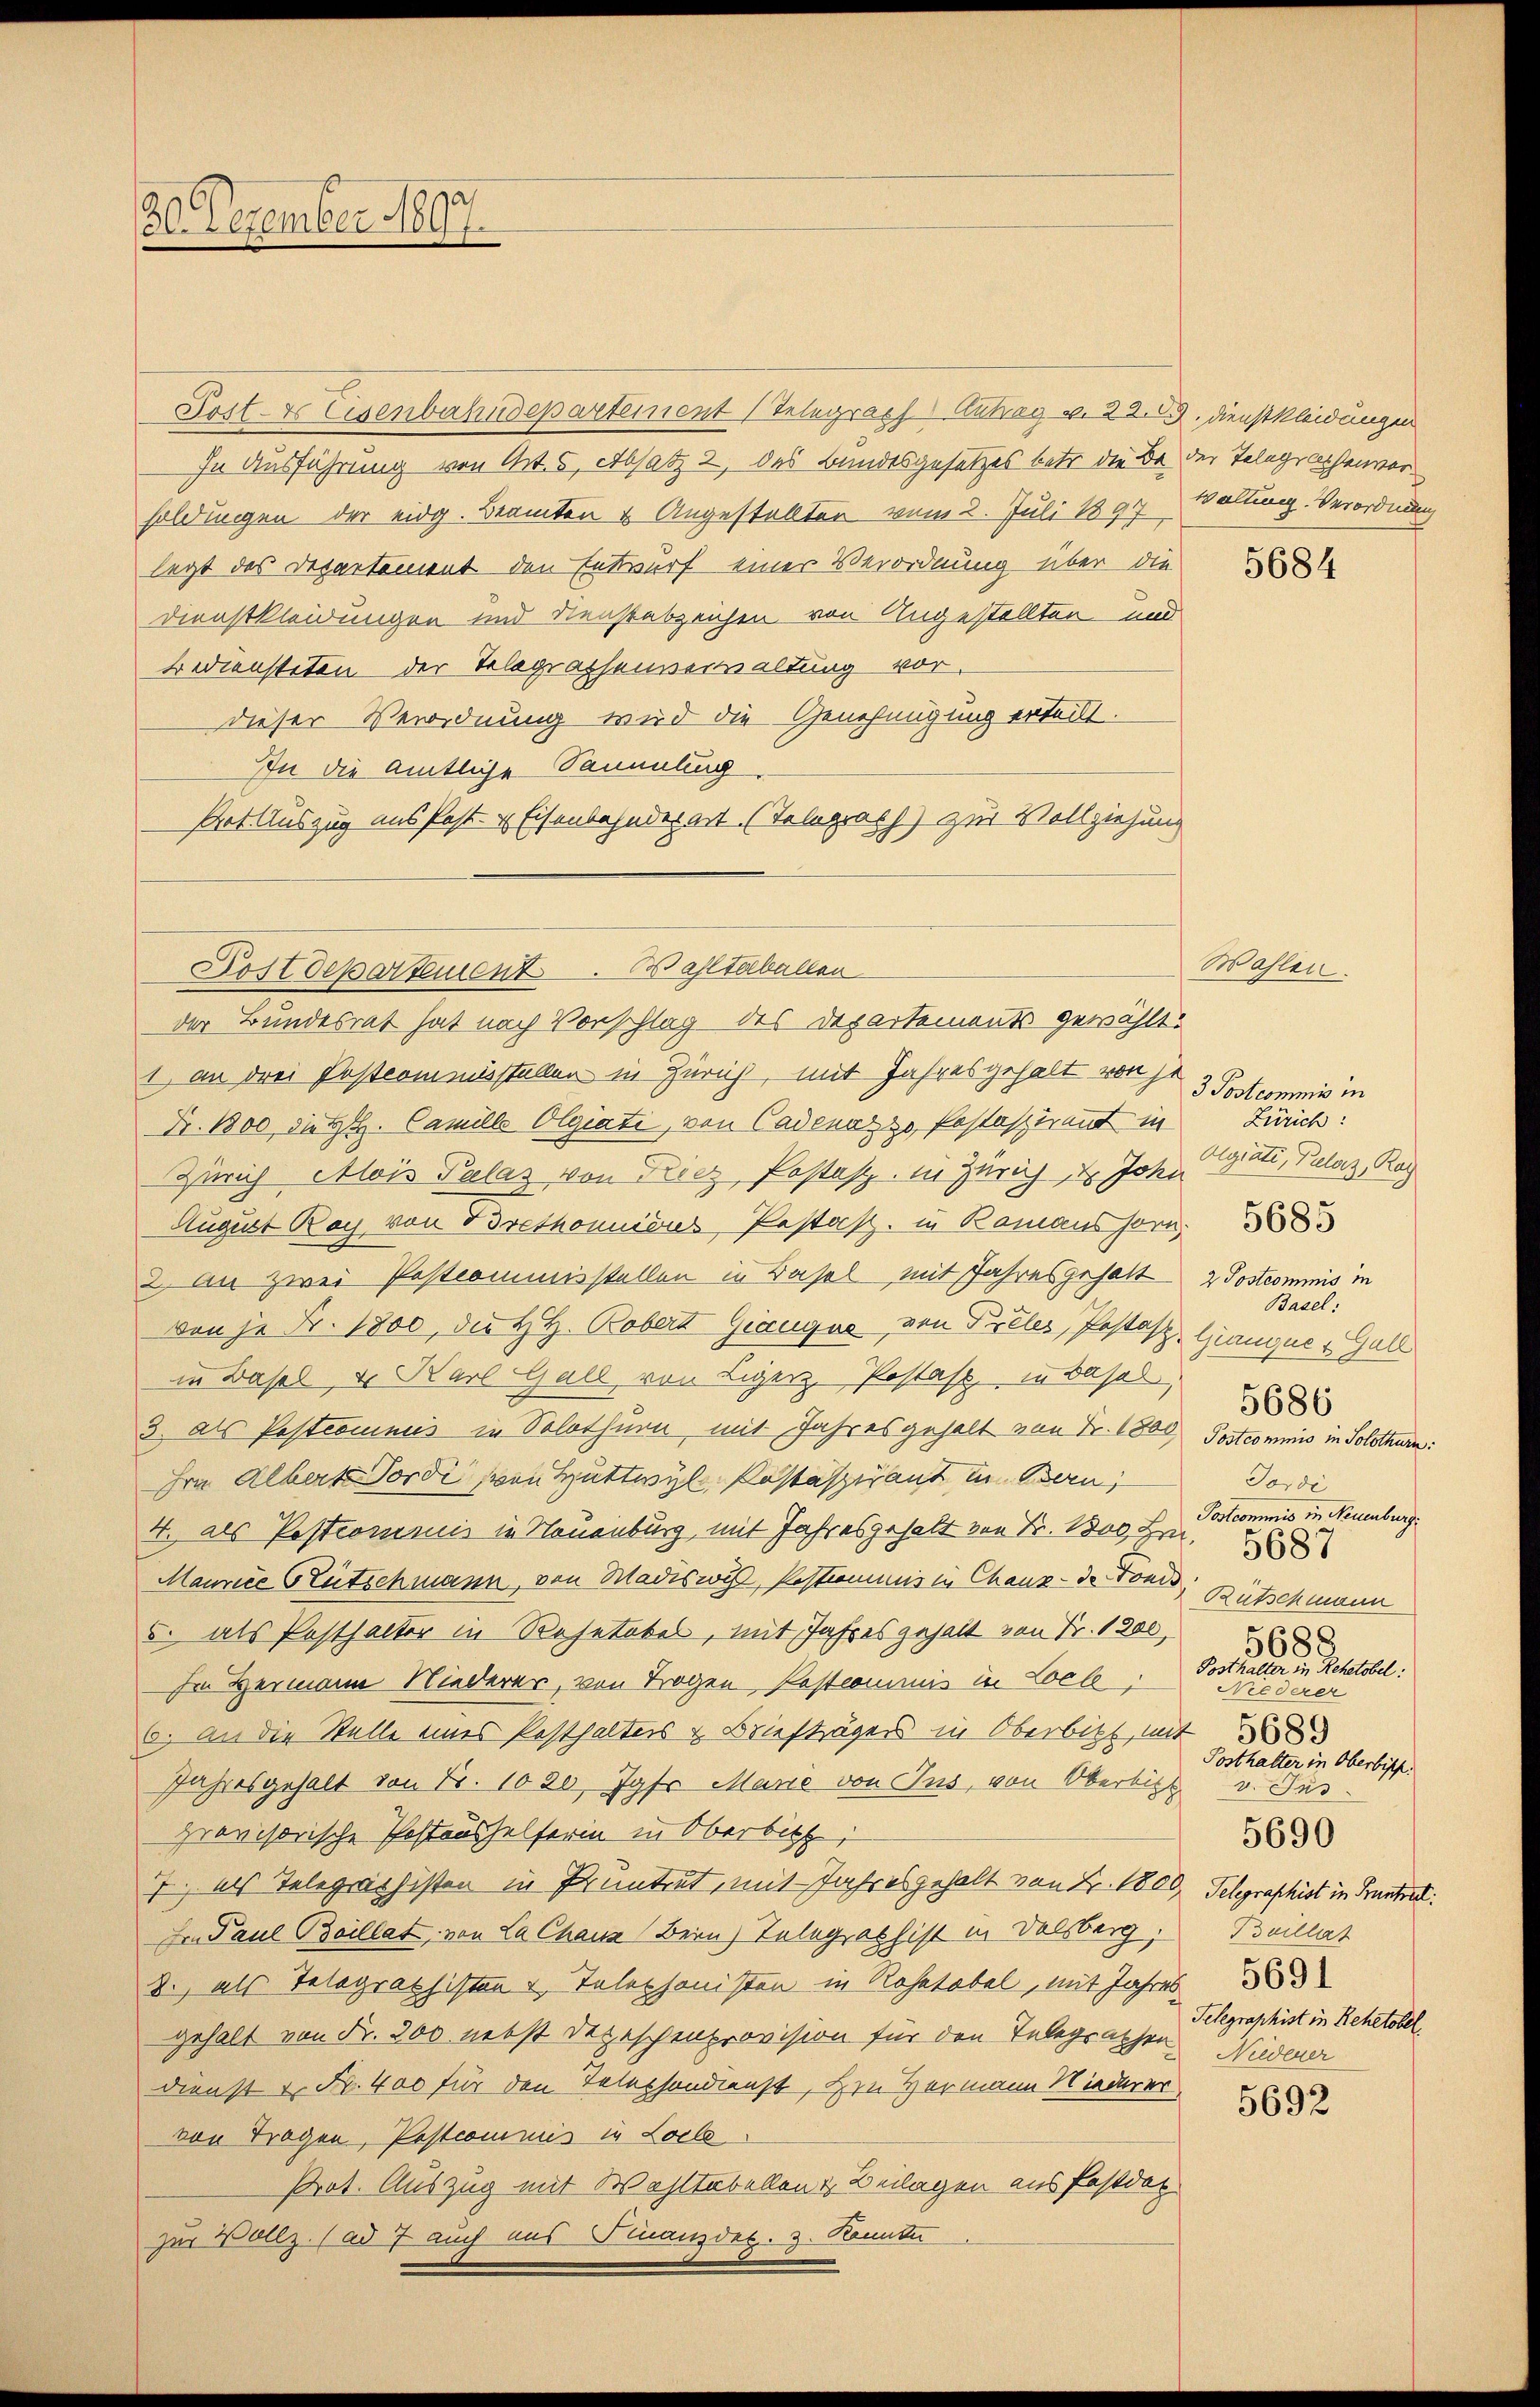
30. Dezember 1897.

Sost- & Eisenbahndepartement (Telegrach Antrag v. 22. 89. Dienstkleidungen
In Ausführung von Art. 5, Absatz 2 des Bundesgesetzes betr. die Bei der Telegraphenvorsoldungen der eidg. Beamten & Angestellten vom 2. Juli 1897, Walling. Verordnung
legt des Departement den Entwurf einer Verordnung über die
Dienstkleidungen und Dienstabzeichen von Angestellten und
Bediensteten der Telegraphenverwaltung vor.
dieser Verordnung wird die Genehmigung erteilt.
In die Amtliche Sammlung
Pot Auszug aus Post- & Eisenbahnderart (Telegraph) zur Vollziehung

1 an drei Postcommisstellen in Zürich, mit Jahresgehalt von je
Fr. 1800 die H. Camille Olgiati, von Cadenarze Pestasirend in
Zürich Mois Palas von Fricz Postast. in Zürich, u. John
August Boy von Brethonieres, Pestasz. in Bomans Jorn 88883
2.) An zwei Postcoministellen in Basel mit Jahresgehalt
von je Fr. 1800, die H. H. Bobert Giauque, von Preler, Pastost, Giangue, Gall
in Basel, u. Karl Gull von Liger Postatt, in das
3. als Postcomunis in Solothurn mit Jahresgehalt von Fr. 1800
Hrn. Albert Tordi von Huttwyl, Kastaspirant in Bern,
4. als Postcomunis in Neuenburg, mit Jahresgehalt von Fr. 1800 Fr.
Maurice Brütschmann, von Madeswis, Peskommis in Chaux-de Tonid
5. als Posthalter in Rosetobel, mit Jahres gehalt von Fr. 1300
Im Hermann Niederer, von Trogen Postcommis in Loel;
6. an die Stelle eines Posthalters & Briefträgers in Oberbits, mit
Jahresgehalt von Fr. 1020. Jahr Marie von Jus, von Oberbitt
provisorische Postaushelferin in Oberbitz,
7 als Telegraphisten in Pruntrut, mit Jahresgehalt von Fr. 1800. Telegraphist in Frantra
Ien Paul Boillat, von La Chaus Bern) Telegraphist in Delsberg.
2., als Telegraphisten u. Telephonisten in Rohetobel, mit Jahres
gehalt von Fr. 200 nebst Depeschenprovision für den Telegraphen
Dienst u. Fr. 400 für den Telephondienst, Hrn. Hermann Niederer
von Tragen, Postcominus in Locle
Prot. Auszug mit Wohltabellen & Beilagen aus Pastdat
zur Vollz. (ad 7 auch aus Finanzdes. z. Konnte

Postdepartement. Baltabellen
der Bundesrat hat nach Vorschlag des Departements gewählt.

5684

Wahlen.

3 Postcommis in
Zürich:
Algiati, Bielorz, Rag
2 Postcommnis in
Basel:
Postcominio in Solothurn:
Tordi
Postcommis in Neuenburg
Rutschmann
5688
Posthalter in Rehetobel:
Niederer
Posthalter in Oberbisch.
v. Jus
5690
Buillat
5691
Telegraphist in Rehetobel
Niedener

5686

5692